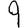
Digit: 9